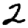
Digit: 2